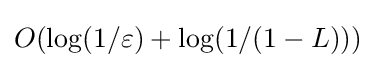
O(\log(1/\varepsilon )+\log(1/(1-L)))